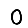
Digit: 0